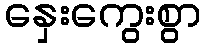
နှေးကွေးစွာ